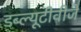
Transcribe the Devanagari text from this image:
डब्ल्यूटीवीजे